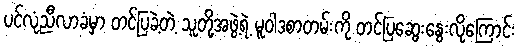
ပင်လုံညီလာခံမှာ တင်ပြခဲ့တဲ့ သူတို့အဖွဲ့ရဲ့ မူဝါဒစာတမ်းကို တင်ပြဆွေးနွေးလိုကြောင်း